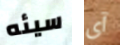
سيئه آى